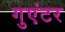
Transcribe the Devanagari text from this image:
गुएंटर